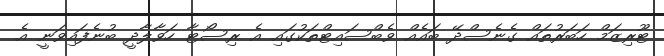
ޓޫރިޒަމް ހަބަރުތައް ގެނެސްދޭ ބައެއް ވެބްސައިޓްތަކުގައި އެ ރިސޯޓާ ހަވާލާދީ ބުނެފައިވަނީ އެ